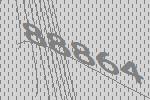
88864